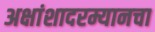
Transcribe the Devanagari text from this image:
अक्षांशादरम्यानचा